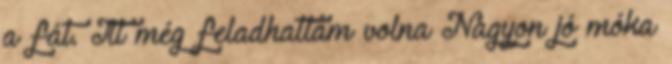
a fát. Itt még feladhattam volna Nagyon jó móka